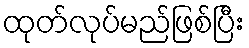
ထုတ်လုပ်မည်ဖြစ်ပြီး